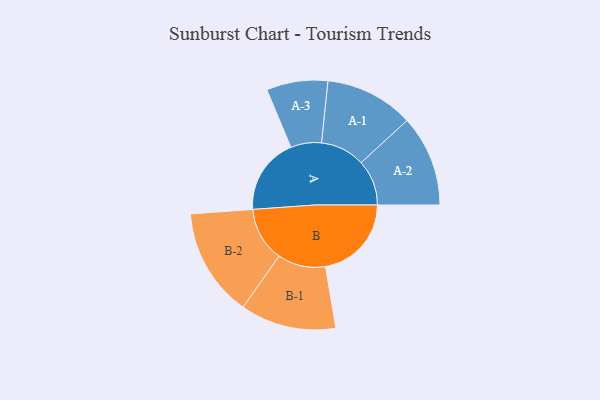
{"axis": {"x": "Segment", "y": "Value"}, "legend": ["", "A", "B"], "data": [{"x": "A", "y": 384, "type": ""}, {"x": "B", "y": 432, "type": ""}, {"x": "A-1", "y": 223, "type": "A"}, {"x": "A-2", "y": 229, "type": "A"}, {"x": "A-3", "y": 154, "type": "A"}, {"x": "B-1", "y": 241, "type": "B"}, {"x": "B-2", "y": 273, "type": "B"}]}